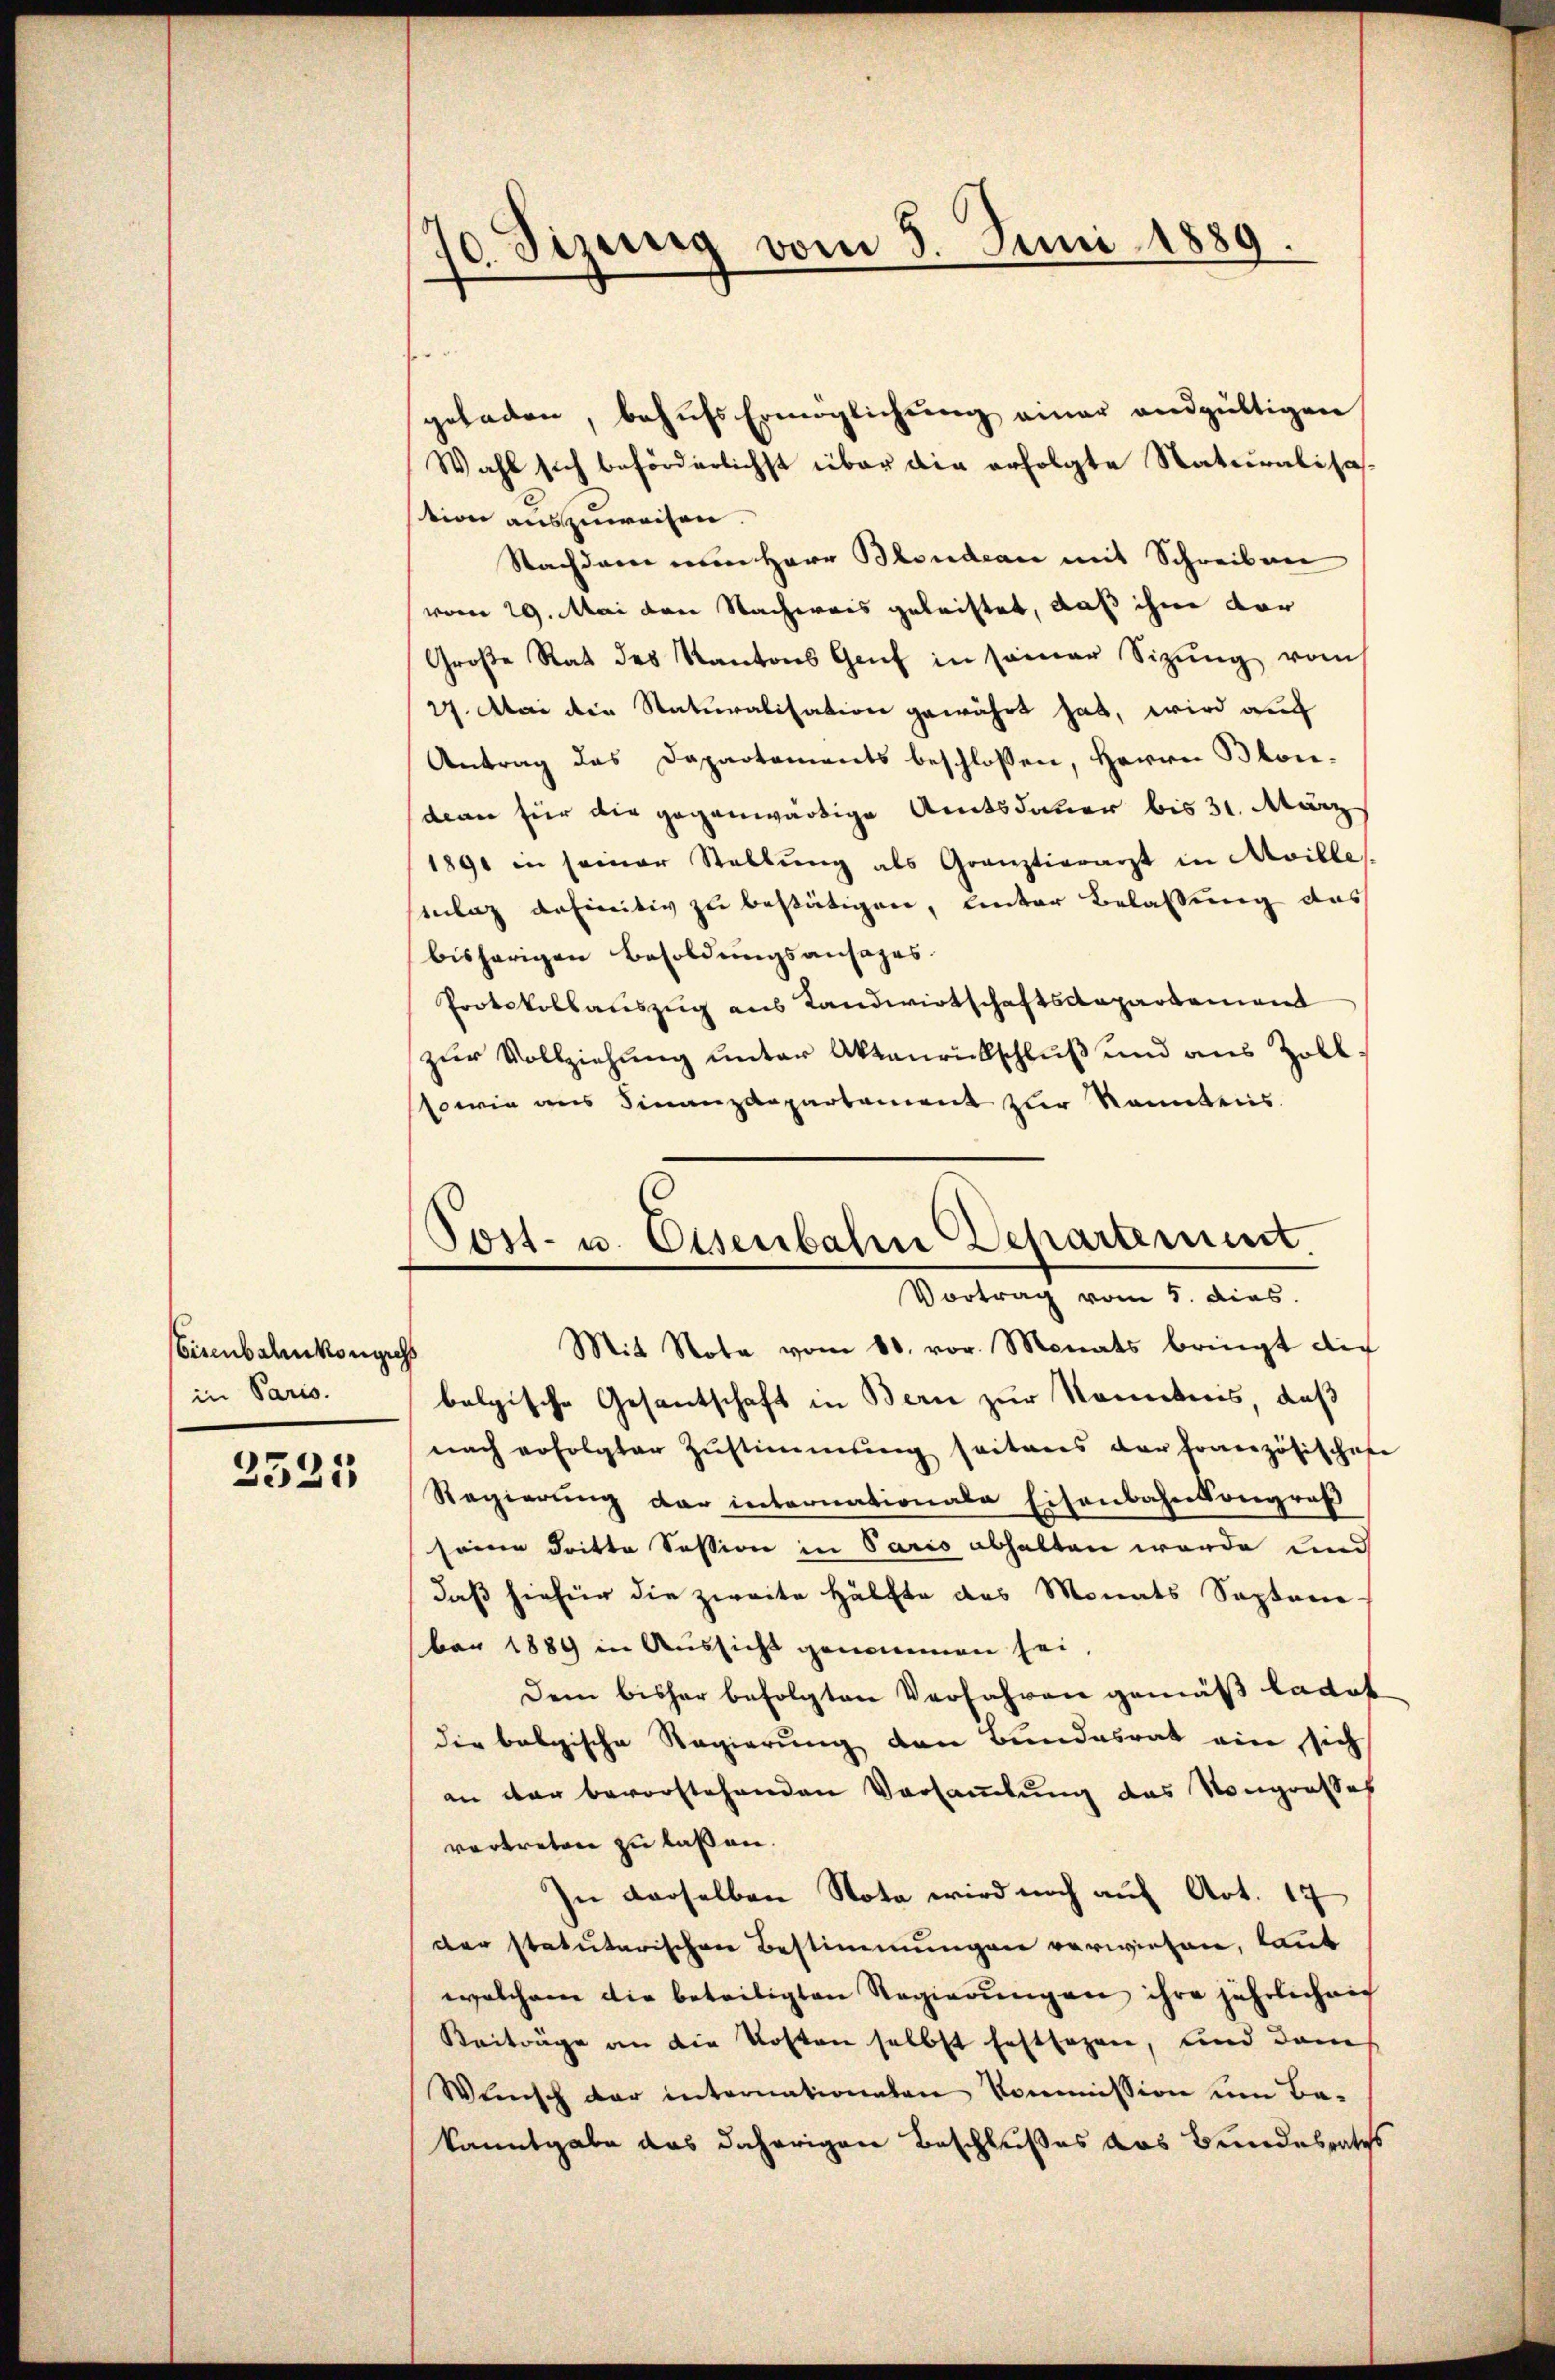
Eisenbahnkongich
in Paris.

2521

70. Sizeig vom 3. Juni 1889.

Post- u. Eisenbahn Departement.
Vortrag vom 5. dies
Mit Note vom 80. vor. Monats bringt die

geladen, behŭfs Ermöglichŭng einer andgültigen
Wahl sich beförderlichst über die erfolgte Naturalisation auszuweisen.
Nachdem von Herr Blondean mit Schreiben
(vom 29. Mai den Nachweis geleistet, daß ihme vor
Große Rat des Kantons Genf in seiner Sitzung vom
27. Mai die Naturalisation gewährt hat, wird auch
Antrag das Departements beschlossen, Herrn Blondenn für die gegenwärtige Amtsdauer bis 31. März
1890 in seiner Stellŭng als Grauztierarzt in Aville
elag definitiv zu bestätigen, unter Belassung das
bisherigen Besoldungsansages.
Protokollauszug aus Landwirtschaftsdepartement
zur Vollziehung unter Aktanrückschluß und aus Zoll.
sowie aus Finanzdepartement zur kanntens
belgische Gesantschaft in Bern zur Kenntnis, daß
nach erfolgter Zustimmung seitens der Fonzösischaf
Regierung der internationale Eisenbahnsongroß
seine dritte Session in Paris abhalten werde und
daß hiefür die zweite Hälfte des Monats Septem
ber 1889 in Aussicht genommen sei,
Dem bisher befolgten Verfahren gemäß ladet
die belgische Regierung den Bundesrat ein sich
an der bevorstehenden Vorsammlung das Kongresses
vertreten zu laßen.
In derselben Nota wird noch auf Art. 17
der statutarischen Bestimmungen verwiesen, kannt
welchem die beteiligten Regierungen ihre jährlich mich
Beiträge an die Kosten selbst haftsagen, und dam
Wünsch dar internationaten Kommission um Be-
kanntgabe das daherigen Beschlußes das Bundesraths